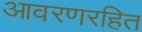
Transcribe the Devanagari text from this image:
आवरणरहित